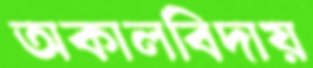
অকালবিদায়